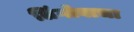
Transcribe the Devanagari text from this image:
लिंगोबाचा